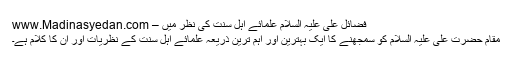
فضائلِ علی علیہ السلام علمائے اہلِ سنت کی نظر میں – www.Madinasyedan.com
مقامِ حضرت علی علیہ السلام کو سمجھنے کا ایک بہترین اور اہم ترین ذریعہ علمائے اہلِ سنت کے نظریات اور اُن کا کلام ہے۔